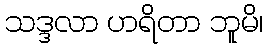
သဒ္ဒလာ ဟရိတာ ဘူမိ၊